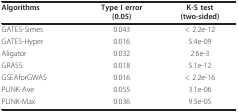
<table><thead><tr><td><b>Algorithms</b></td><td><b>Type I error(0.05)</b></td><td><b>K-S test(two-sided)</b></td></tr></thead><tbody><tr><td>GATES-Simes</td><td>0.043</td><td>&lt; 2.2e-12</td></tr><tr><td>GATES-Hyper</td><td>0.016</td><td>5.4e-09</td></tr><tr><td>Aligator</td><td>0.032</td><td>2.6e-3</td></tr><tr><td>GRASS</td><td>0.018</td><td>5.1e-12</td></tr><tr><td>GSEAforGWAS</td><td>0.016</td><td>&lt; 2.2e-16</td></tr><tr><td>PLINK-Ave</td><td>0.055</td><td>3.1e-06</td></tr><tr><td>PLINK-Max</td><td>0.036</td><td>9.5e-05</td></tr></tbody></table>